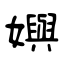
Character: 嬩